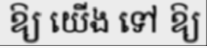
ឱ្យ យើង ទៅ ឱ្យ